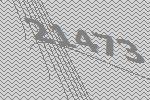
21473